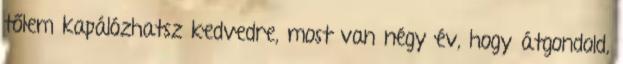
tőlem kapálózhatsz kedvedre, most van négy év, hogy átgondold,